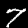
Label: 7